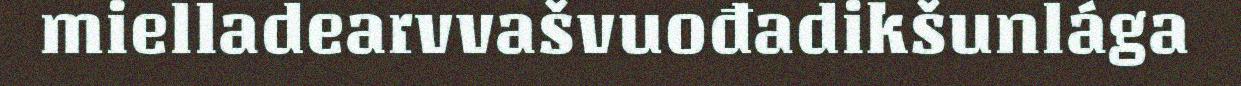
mielladearvvašvuođadikšunlága